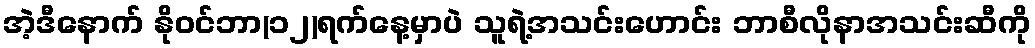
အဲ့ဒီနောက် နိုဝင်ဘာ(၁၂)ရက်နေ့မှာပဲ သူရဲ့အသင်းဟောင်း ဘာစီလိုနာအသင်းဆီကို